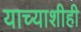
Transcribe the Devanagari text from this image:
याच्याशीही